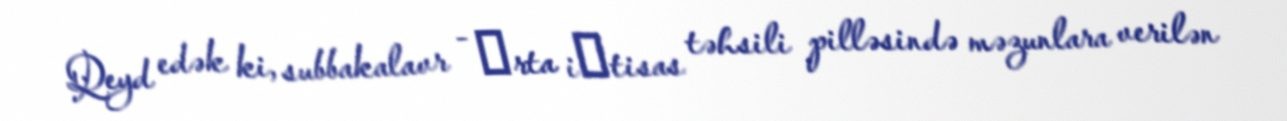
Qeyd edək ki, subbakalavr - оrta iхtisas təhsili pilləsində məzunlara verilən